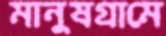
মানুষগ্রামে